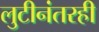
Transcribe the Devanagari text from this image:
लुटीनंतरही